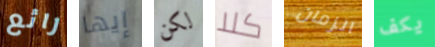
رائع إيها لكن كلا الزمان يكف